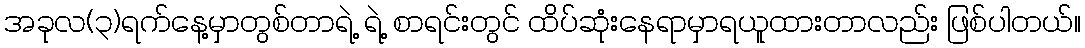
အခုလ(၃)ရက်နေ့မှာတွစ်တာရဲ့ ရဲ့ စာရင်းတွင် ထိပ်ဆုံးနေရာမှာရယူထားတာလည်း ဖြစ်ပါတယ်။